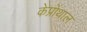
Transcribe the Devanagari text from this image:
केप्रोंथाल